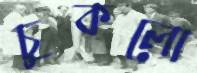
চুকলো